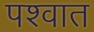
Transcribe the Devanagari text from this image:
पश्वात